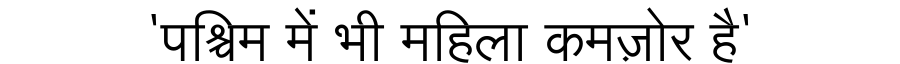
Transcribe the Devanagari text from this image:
'पश्चिम में भी महिला कमज़ोर है'